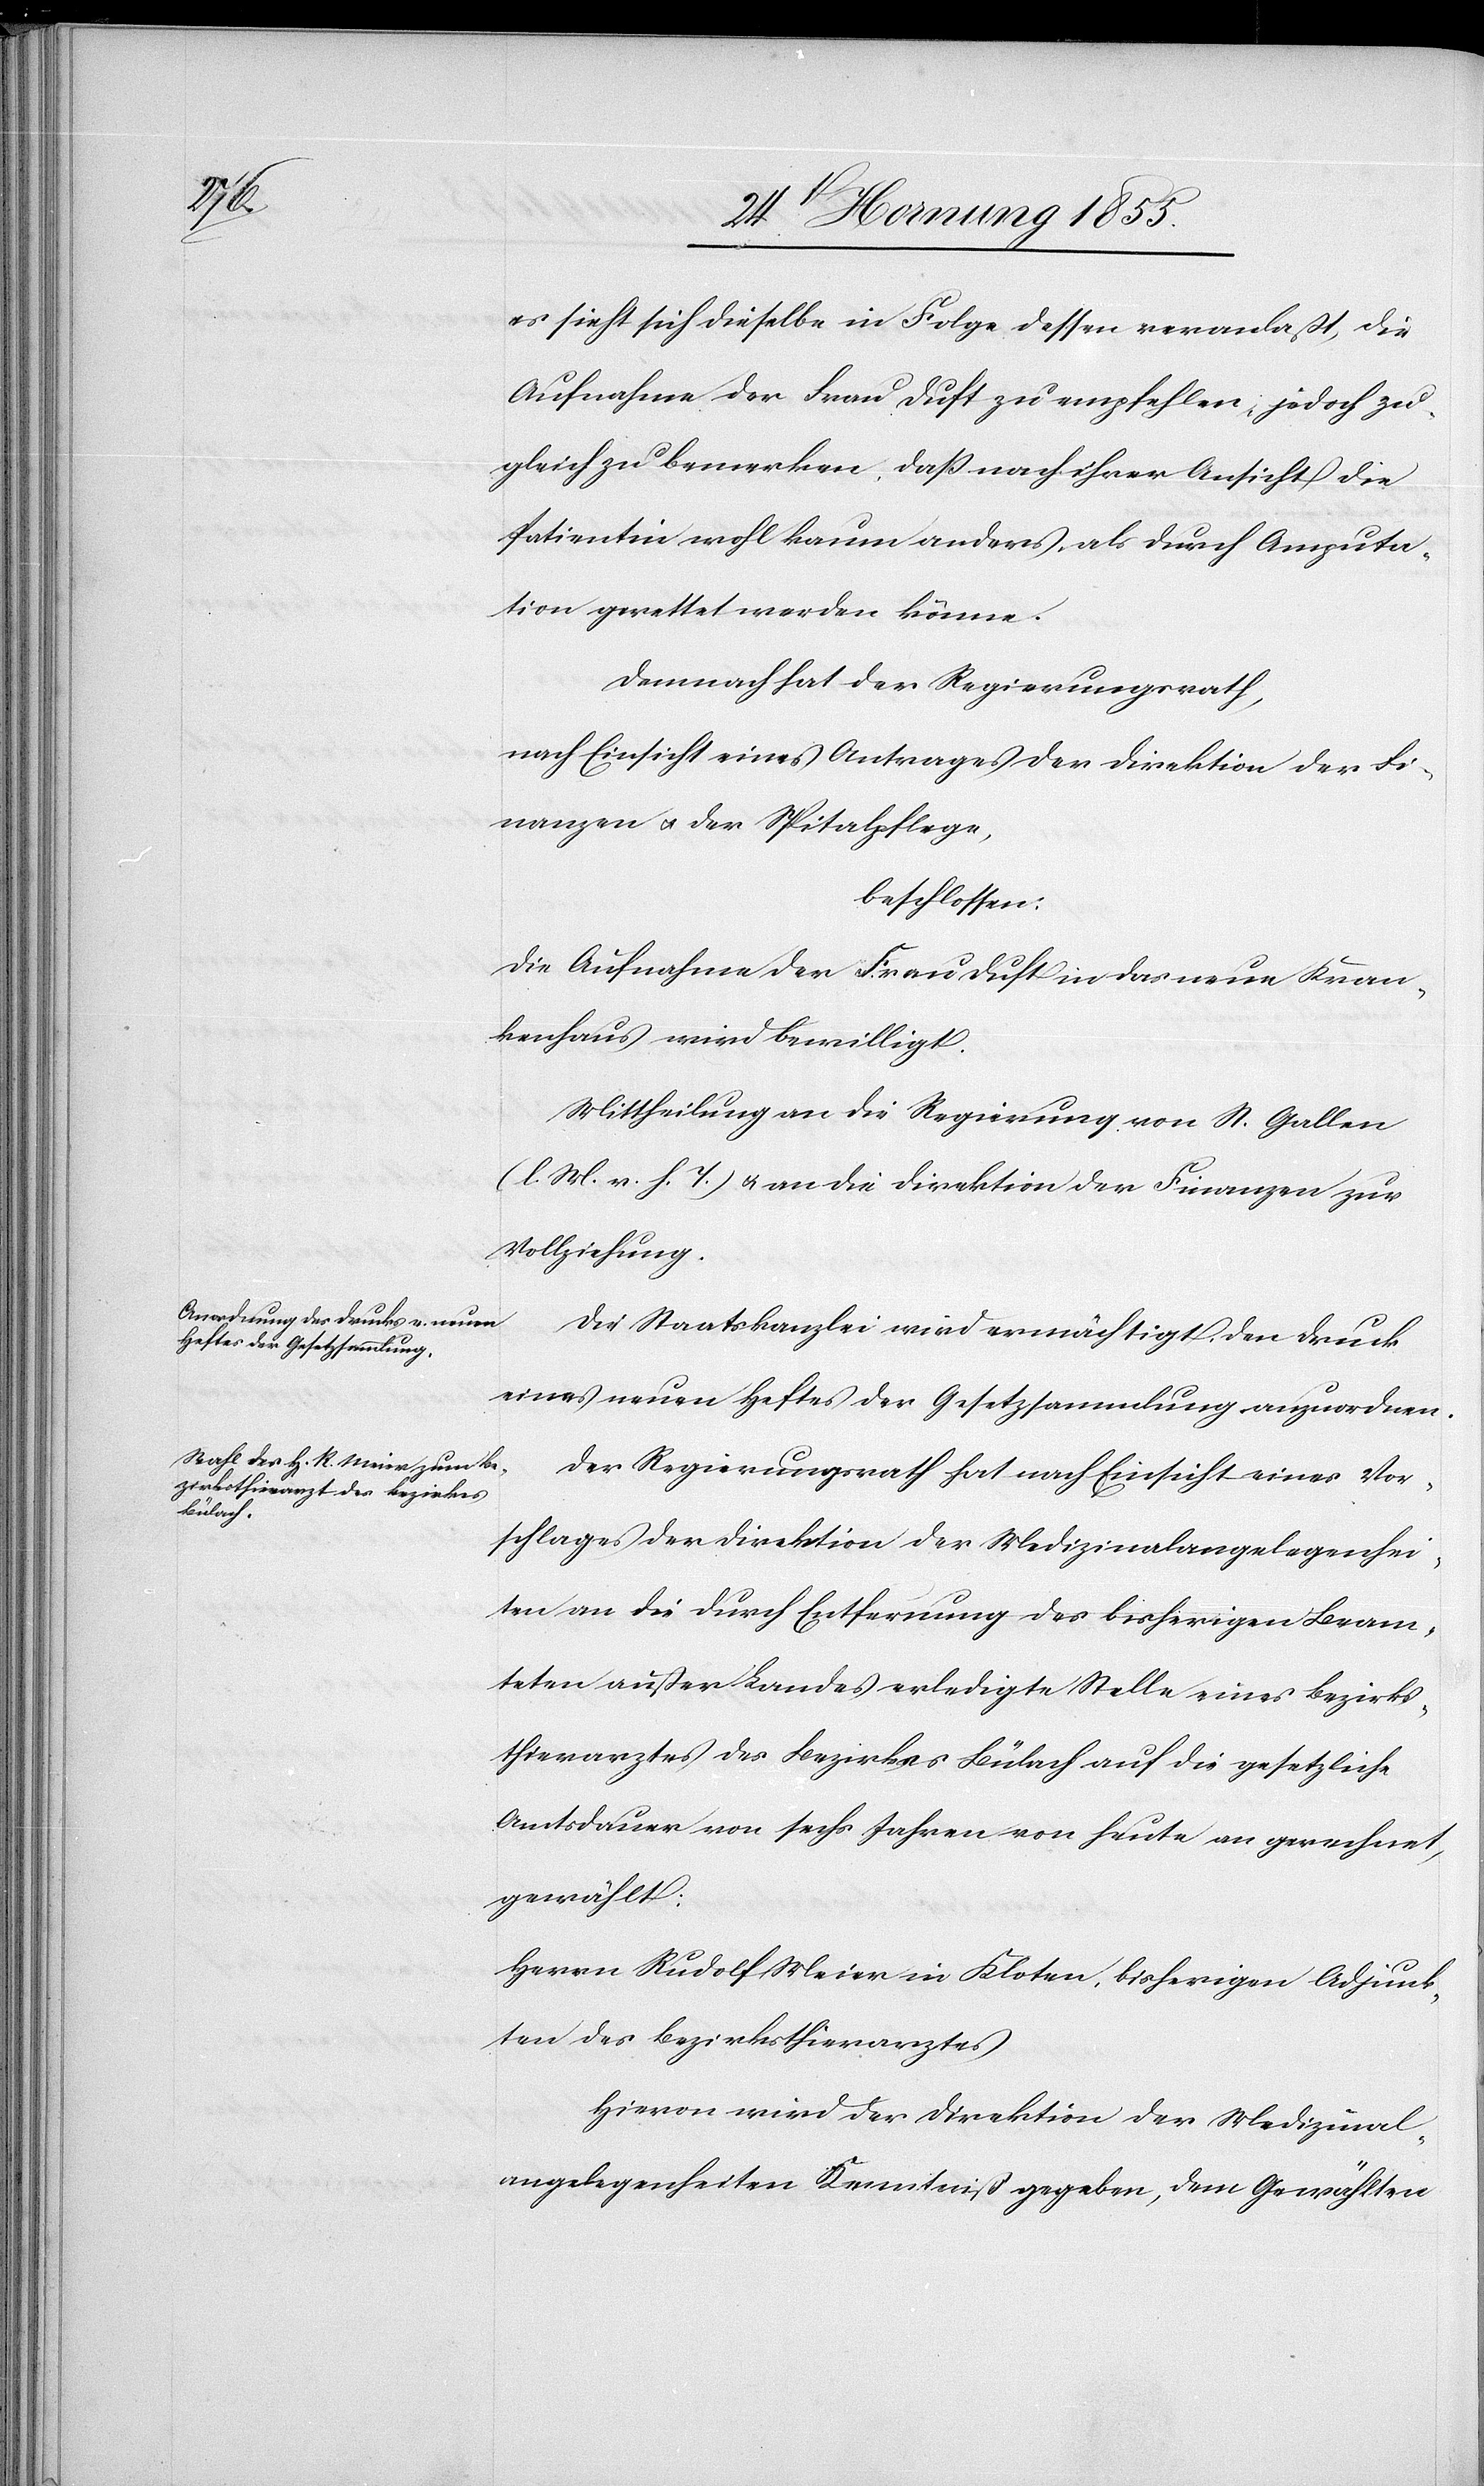
es sieht sich dieselbe in Folge dessen veranlaßt, die
Aufnahme der Frau Duft zu empfehlen, jedoch zu¬
gleich zu bemerken, daß nach ihrer Ansicht die
Patientin wohl kaum anders, als durch Amputa¬
tion gerettet werden könne.
Demnach hat der Regierungsrath,
nach Einsicht eines Antrages der Direktion der Fi¬
nanzen & der Spitalpflege,
beschlossen:
Die Aufnahme der Frau Duft in das neue Kran¬
kenhaus wird bewilligt.
Mittheilung an die Regierung von St. Gallen
(l. M. v. h. T.) & an die Direktion der Finanzen zur
Vollziehung.
Die Staatskanzlei wird ermächtigt, den Druck
eines neuen Heftes der Gesetzsammlung anzuordnen.
Der Regierungsrath hat nach Einsicht eines Vor¬
schlages der Direktion der Medizinalangelegenhei¬
ten an die durch Entfernung des bisherigen Beam¬
teten außer Landes erledigte Stelle eines Bezirks¬
thierarztes des Bezirkes Bülach auf die gesetzliche
Amtsdauer von sechs Jahren von heute an gerechnet,
gewählt:
Herrn Rudolf Meier in Kloten, bisherigen Adjunk¬
ten des Bezirksthierarztes
Hievon wird der Direktion der Medizinal¬
angelegenheiten Kenntniß gegeben, dem Gewählten